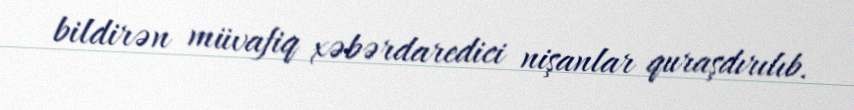
bildirən müvafiq xəbərdaredici nişanlar quraşdırılıb.